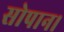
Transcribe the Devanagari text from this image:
सोपान।